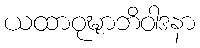
ယထာဝုဍ္ဎာဘိဝါဒနာ